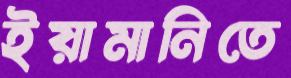
ইয়ামানিতে